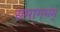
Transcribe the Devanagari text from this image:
समागमम्